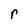
Character: r